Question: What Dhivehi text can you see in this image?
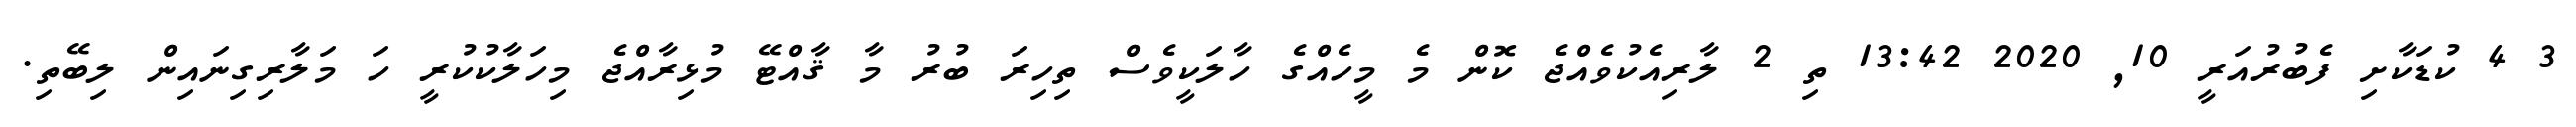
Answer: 3 4 ކުޑަކާށި ފެބުރުއަރީ 10, 2020 13:42 ތި 2 ލާރިއެކުވެއްޖެ ކޮން މެ މީހެއްގެ ހާލަކީވެސް ތިހިރަ ބުރު މާ ޤާއްޓޭ މުޅިރާއްޖެ މިހަލާކުކުރީ ހަ މަލާރިގިނައިން ލިބޭތި.